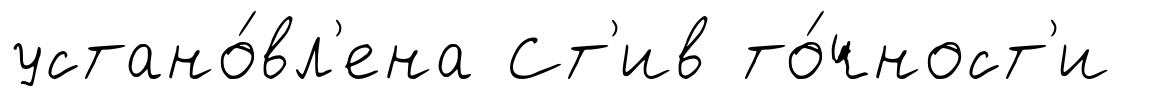
устано́вл'ена Ст'ив то́чност'и